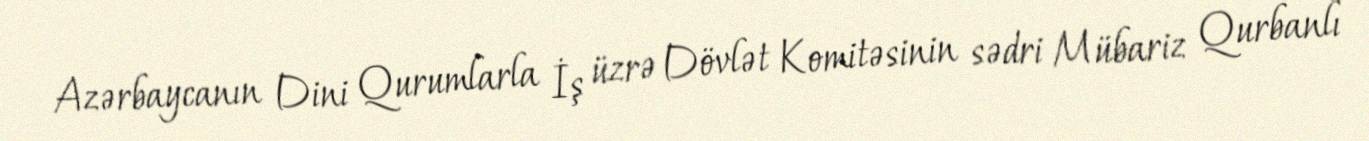
Azərbaycanın Dini Qurumlarla İş üzrə Dövlət Komitəsinin sədri Mübariz Qurbanlı